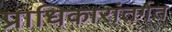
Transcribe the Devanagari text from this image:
प्राधिकारांतर्गत